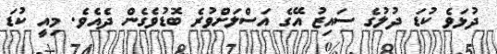
ދުޅަވެ ކުޑަ ދުލުގެ ސައިޒު އޭގެ އަސްލަށްވުރެ ބޮޑުވެގެން ދެއެވެ. މިއީ ކުޑަ